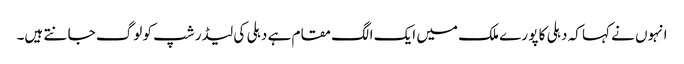
انہوں نے کہا کہ دہلی کا پو رے ملک میں ایک الگ مقام ہے دہلی کی لیڈر شپ کو لوگ جا نتے ہیں۔